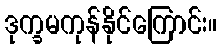
ဒုက္ခမကုန်နိုင်ကြောင်း။